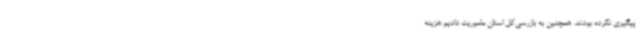
پیگیری نکرده بودند. همچنین به بازرسی‌کل استان ماموریت دادیم هزینه